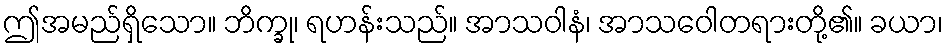
ဤအမည်ရှိသော။ ဘိက္ခု၊ ရဟန်းသည်။ အာသဝါနံ၊ အာသဝေါတရားတို့၏။ ခယာ၊